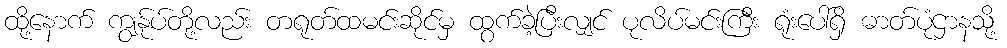
ထို့နောက် ကျွန်ုပ်တို့လည်း တရုတ်ထမင်းဆိုင်မှ ထွက်ခဲ့ပြီးလျှင် ပုလိပ်မင်းကြီး ရုံးပေါ်ရှိ ဓာတ်ပုံဌာနသို့